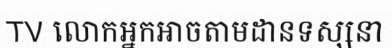
TV លោកអ្នកអាចតាមដានទស្សនា